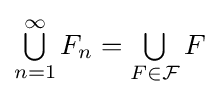
\textstyle \bigcup \limits _{n=1}^{\infty }F_{n}=\textstyle \bigcup \limits _{F\in {\mathcal {F}}}F